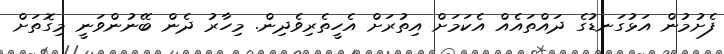
ފެށުމުން އަޅުގަނޑުގެ ދައްތައެއް އެކަމަށް އިތުރަށް އެހީތެރިވެދިން. މިހާރު ދެން ބޭނުންވަނީ މިގޮތަށް